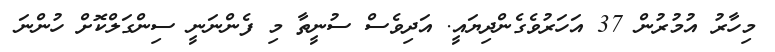
މިހާރު އުމުރުން 37 އަހަރުވެގެންދިޔައީ. އަދިވެސް ސުނީތާ މި ފެންނަނީ ސިންގަލްކޮށް ހުންނަ